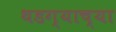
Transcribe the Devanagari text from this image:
थडग्याच्या